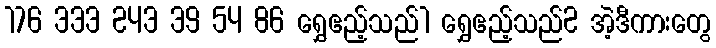
176 333 243 39 54 86 ရွှေဧည့်သည်1 ရွှေဧည့်သည်2 အဲ့ဒီကားတွေ